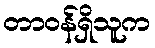
တာဝန်ရှိသူက